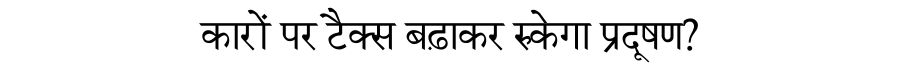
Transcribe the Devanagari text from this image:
कारों पर टैक्स बढ़ाकर रुकेगा प्रदूषण?